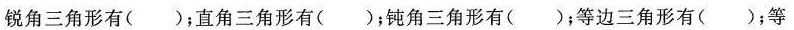
锐角三角形有( )；直角三角形有( )；钝角三角形有( )；等边三角形有( )；等